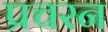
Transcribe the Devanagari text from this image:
प्रचरन